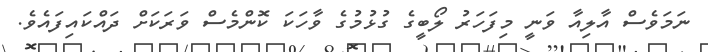
ނަމަވެސް އާލިއާ ވަނީ މިފަހަރު ލޯބީގެ ގުޅުމުގެ ވާހަކަ ކޮންމެސް ވަރަކަށް ދައްކައިފައެވެ.